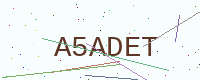
Text: A5ADET